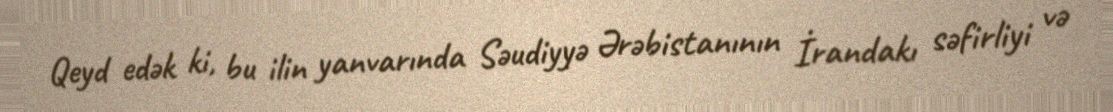
Qeyd edək ki, bu ilin yanvarında Səudiyyə Ərəbistanının İrandakı səfirliyi və